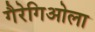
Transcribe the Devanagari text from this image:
गैरेगिओला